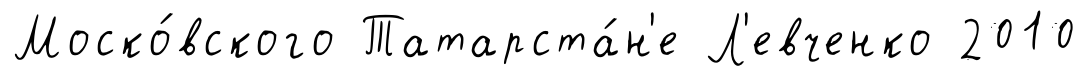
Моско́вского Татарста́н'е Л'евченко 2010